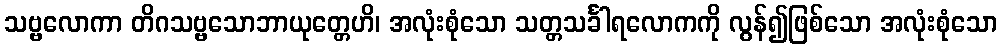
သဗ္ဗလောကာ တိဂသဗ္ဗသောဘာယုတ္တေဟိ၊ အလုံးစုံသော သတ္တသင်္ခါရလောကကို လွန်၍ဖြစ်သော အလုံးစုံသော